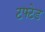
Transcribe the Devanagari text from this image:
टफ्टेड